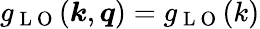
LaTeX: g_{\mathrm{~L~O~}}(\boldsymbol{k},\boldsymbol{q})=g_{\mathrm{~L~O~}}(k)